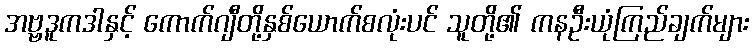
အဗ္ဗဒူကဒါနှင့် ကောက်ဂျီတို့နှစ်ယောက်စလုံးပင် သူတို့၏ ကနဦးယုံကြည်ချက်များ